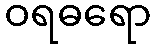
ဝရဓရော